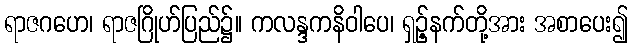
ရာဇဂဟေ၊ ရာဇဂြိုဟ်ပြည်၌။ ကလန္ဒကနိဝါပေ၊ ရှဉ့်နက်တို့အား အစာပေး၍